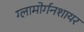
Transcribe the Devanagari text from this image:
ग्लामोर्गनशायर